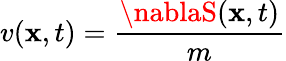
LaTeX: v(\mathbf{x},t)={\frac{{\nablaS(\mathbf{x},t)}}{{m}}}